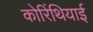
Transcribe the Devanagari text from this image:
कोरिंथियाई